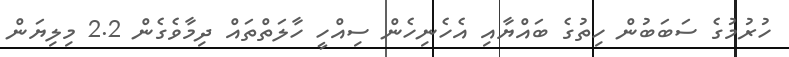
ހުރުމުގެ ސަބަބުން ހިތުގެ ބައްޔާއި އެހެނިހެން ސިއްހީ ހާލަތްތައް ދިމާވެގެން 2.2 މިލިޔަން